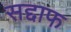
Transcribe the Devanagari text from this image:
सद्दाफ